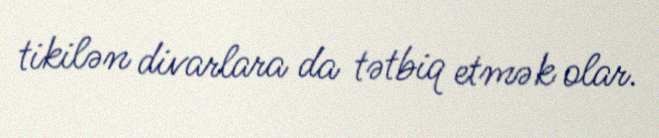
tikilən divarlara da tətbiq etmək olar.